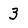
Character: 3